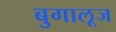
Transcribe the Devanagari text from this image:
बुगालूज